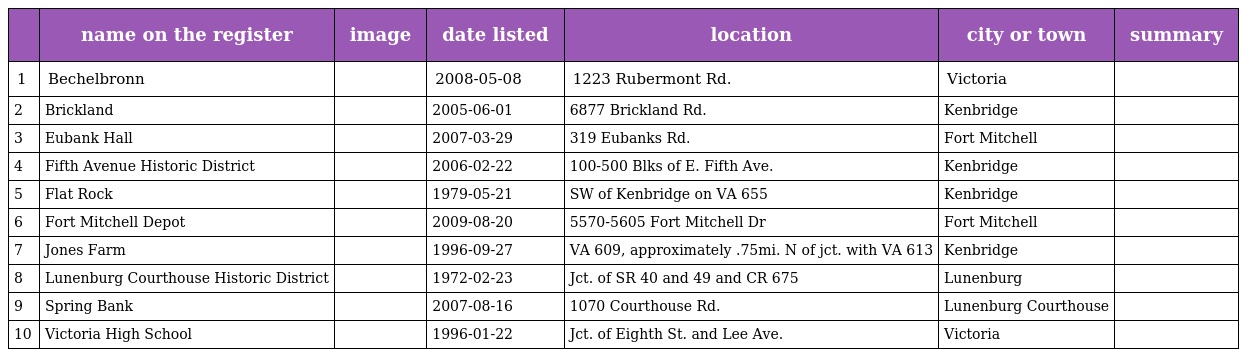
|  | name on the register | image | date listed | location | city or town | summary |
 | --- | --- | --- | --- | --- | --- | --- |
 | 1 | Bechelbronn |  | 2008-05-08 | 1223 Rubermont Rd. | Victoria |  |
 | 2 | Brickland |  | 2005-06-01 | 6877 Brickland Rd. | Kenbridge |  |
 | 3 | Eubank Hall |  | 2007-03-29 | 319 Eubanks Rd. | Fort Mitchell |  |
 | 4 | Fifth Avenue Historic District |  | 2006-02-22 | 100-500 Blks of E. Fifth Ave. | Kenbridge |  |
 | 5 | Flat Rock |  | 1979-05-21 | SW of Kenbridge on VA 655 | Kenbridge |  |
 | 6 | Fort Mitchell Depot |  | 2009-08-20 | 5570-5605 Fort Mitchell Dr | Fort Mitchell |  |
 | 7 | Jones Farm |  | 1996-09-27 | VA 609, approximately .75mi. N of jct. with VA 613 | Kenbridge |  |
 | 8 | Lunenburg Courthouse Historic District |  | 1972-02-23 | Jct. of SR 40 and 49 and CR 675 | Lunenburg |  |
 | 9 | Spring Bank |  | 2007-08-16 | 1070 Courthouse Rd. | Lunenburg Courthouse |  |
 | 10 | Victoria High School |  | 1996-01-22 | Jct. of Eighth St. and Lee Ave. | Victoria |  |